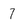
Character: 7